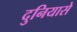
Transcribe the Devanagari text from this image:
दुनियासे